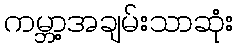
ကမ္ဘာ့အချမ်းသာဆုံး